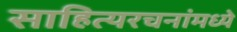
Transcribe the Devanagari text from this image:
साहित्यरचनांमध्ये